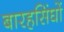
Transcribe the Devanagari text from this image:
बारहसिंघों